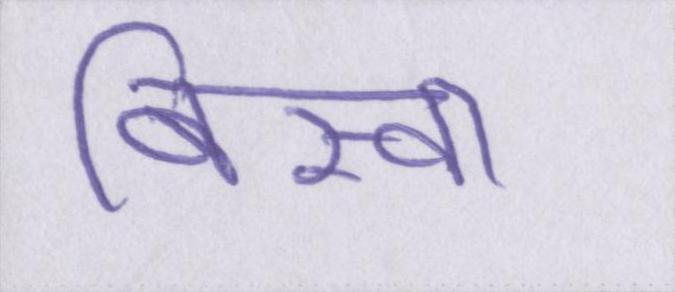
बिस्वा